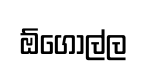
ඕගොල්ල